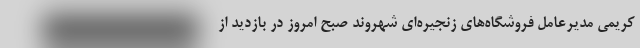
کریمی مدیرعامل فروشگاه‌های زنجیره‌ای شهروند صبح امروز در بازدید از